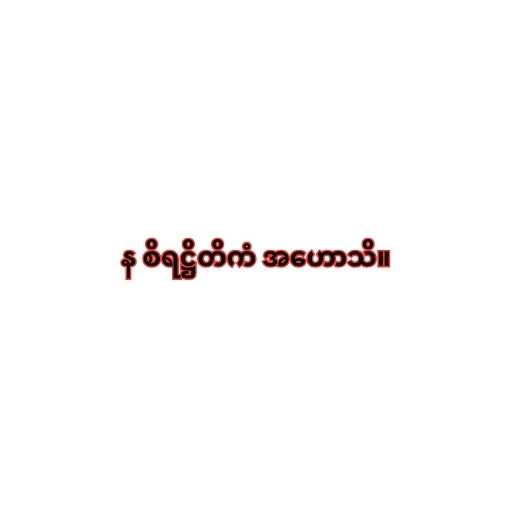
န စိရဋ္ဌိတိကံ အဟောသိ။